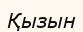
Қызын